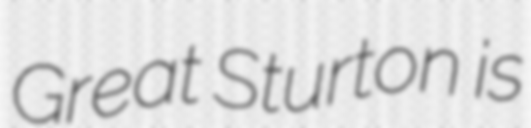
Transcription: Great Sturton is